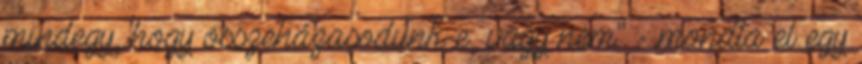
mindegy, hogy összeházasodunk-e, vagy nem" - mondta el egy